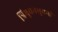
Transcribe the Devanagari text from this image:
त्रिभुवनभुवनी